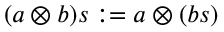
( a \otimes b ) s : = a \otimes ( b s )